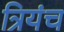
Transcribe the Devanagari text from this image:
त्रियंच